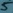
Text: 5